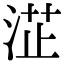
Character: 淽